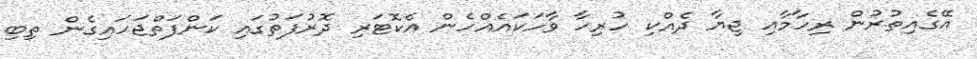
އޭގެއިތުރުން ރިހާމާއި ޖިޔާ ދެއްކި ހުރިހާ ވާހަކައެއްހެން އެކޮޓަރި ދޮރުފަތުގައި ކަންފަތްޖަހައިގެން ތިބި